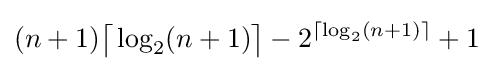
(n+1){\bigl \lceil }\log _{2}(n+1){\bigr \rceil }-2^{\left\lceil \log _{2}(n+1)\right\rceil }+1